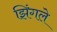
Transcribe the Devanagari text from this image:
झिंगले